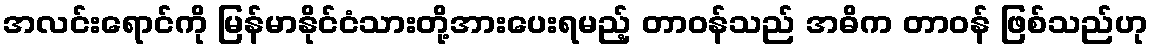
အလင်းရောင်ကို မြန်မာနိုင်ငံသားတို့အားပေးရမည့် တာဝန်သည် အဓိက တာဝန် ဖြစ်သည်ဟု